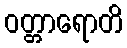
ဝတ္တာရောတိ